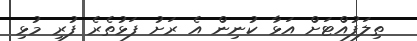
ތިލަފުއްޓަށް އަޅާ ކުނިން އެ ރަށު ފަޅުތެރެ ފުރި މުޅި